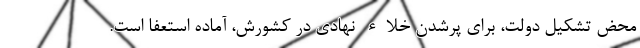
محض تشکیل دولت، برای پرشدن خلاء نهادی در کشورش، آماده استعفا است.